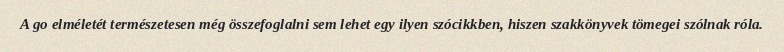
A go elméletét természetesen még összefoglalni sem lehet egy ilyen szócikkben, hiszen szakkönyvek tömegei szólnak róla.